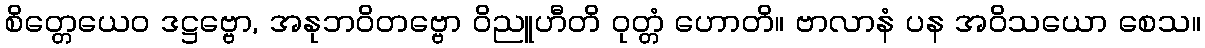
စိတ္တေယေဝ ဒဋ္ဌဗ္ဗော, အနုဘဝိတဗ္ဗော ဝိညူဟီတိ ဝုတ္တံ ဟောတိ။ ဗာလာနံ ပန အဝိသယော စေသ။